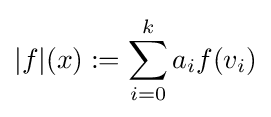
|f|(x):=\sum _{i=0}^{k}a_{i}f(v_{i})